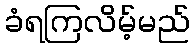
ခံရကြလိမ့်မည်